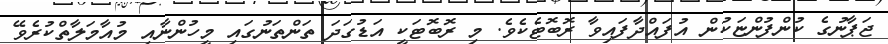
ޖަޕާނުގެ ކުންފުންޏަކުން އުފައްދާފައިވާ ރޮބޮޓެކެވެ. މި ރޮބޮޓަކީ އަޑުގަދަ ތަންތަނުގައި މީހުންނާއި މުއާމަލާތްކުރެވޭ